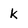
Character: k